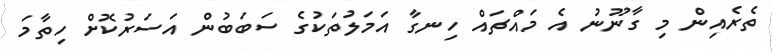
ތެރެއިން މި ގާނޫނު އެ މައްޗައް ހިނގާ އަމަލުތަކުގެ ސަބަބުން އަސަރުކޮށް ހިތާމަ